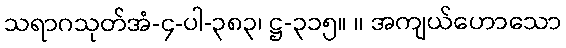
သရာဂသုတ်အံ-၄-ပါ-၃၈၃၊ ဋ္ဌ-၃၁၅။ ။ အကျယ်ဟောသော